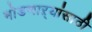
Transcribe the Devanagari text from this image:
मोडणाऱ्यांसाठी